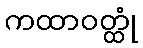
ကထာဝတ္ထုံ